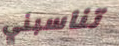
تناسبني